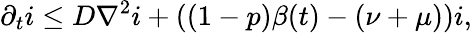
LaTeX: \partial_{t}i\le D\nabla^{2}i+\left((1-p)\beta(t)-(\nu+\mu)\right)i,